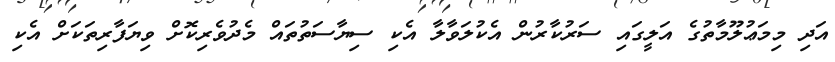
އަދި މިމަޢުލޫމާތުގެ އަލީގައި ސަރުކާރުން އެކުލަވާލާ އެކި ސިޔާސަތުތައް މެދުވެރިކޮށް ވިޔަފާރިތަކަށް އެކި